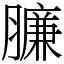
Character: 臁